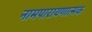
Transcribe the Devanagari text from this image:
नामपारायणात्मक